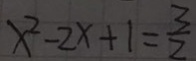
x ^ { 2 } - 2 x + 1 = \frac { 3 } { 2 }